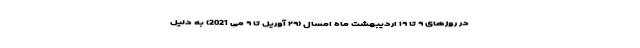
در روزهای ۹ تا ۱۹ اردیبهشت ماه امسال‌ (۲۹ آوریل تا ۹ می 2021) به دلیل